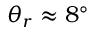
\theta _ { r } \approx 8 ^ { \circ }